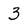
Character: 3